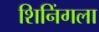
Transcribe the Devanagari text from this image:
शिनिंगला